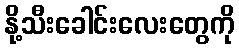
နို့သီးခေါင်းလေးတွေကို